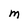
Character: M